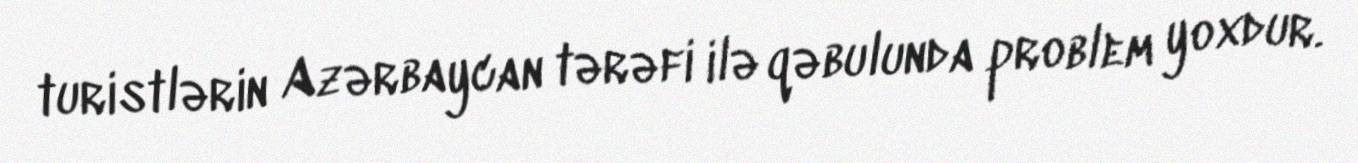
turistlərin Azərbaycan tərəfi ilə qəbulunda problem yoxdur.